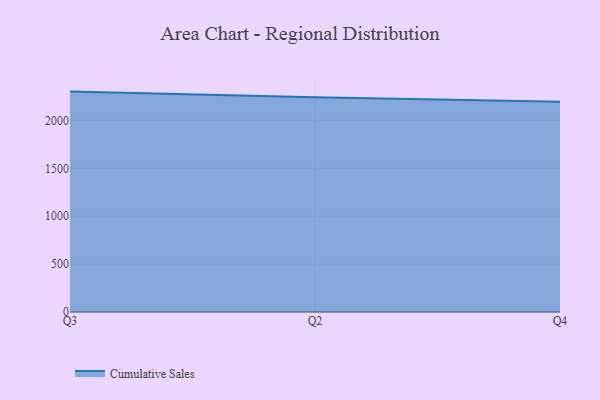
{"axis": {"x": "Quarter", "y": "Active Users"}, "legend": ["Cumulative Sales"], "data": [{"x": "Q3", "y": 2300.6, "type": "Cumulative Sales"}, {"x": "Q2", "y": 2240.5, "type": "Cumulative Sales"}, {"x": "Q4", "y": 2193.9, "type": "Cumulative Sales"}]}